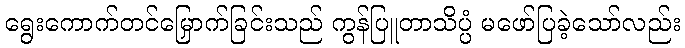
ရွေးကောက်တင်မြှောက်ခြင်းသည် ကွန်ပြူတာသိပ္ပံ မဖော်ပြခဲ့သော်လည်း